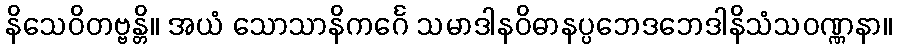
နိသေဝိတဗ္ဗန္တိ။ အယံ သောသာနိကင်္ဂေ သမာဒါနဝိဓာနပ္ပဘေဒဘေဒါနိသံသဝဏ္ဏနာ။